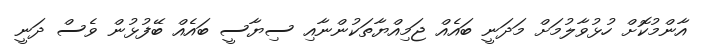
އާންމުކޮށް ހުޅުވާލުމަށް މަދަނީ ބައެއް ޖަމިއްޔާތަކުންނާއި ސިޔާސީ ބައެއް ބޭފުޅުން ވެސް ދަނީ